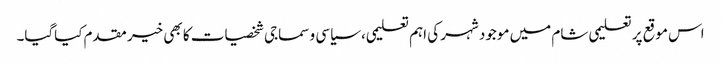
اس موقع پر تعلیمی شام میں موجود شہر کی اہم تعلیمی، سیاسی و سماجی شخصیات کا بھی خیر مقدم کیاگیا۔